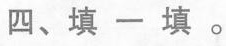
四、填一填。